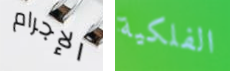
الإجرام الفلكية